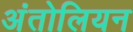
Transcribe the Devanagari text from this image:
अंतोलियन